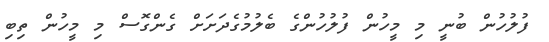
ފުލުހުން ބުނީ މި މީހުން ފުލުހުންގެ ބެލުމުގެދަށަށް ގެންގޮސް މި މީހުން ތިބި